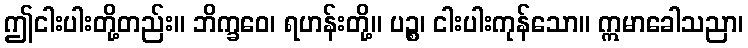
ဤငါးပါးတို့တည်း။ ဘိက္ခဝေ၊ ရဟန်းတို့။ ပဉ္စ၊ ငါးပါးကုန်သော။ ဣမာခေါသညာ၊